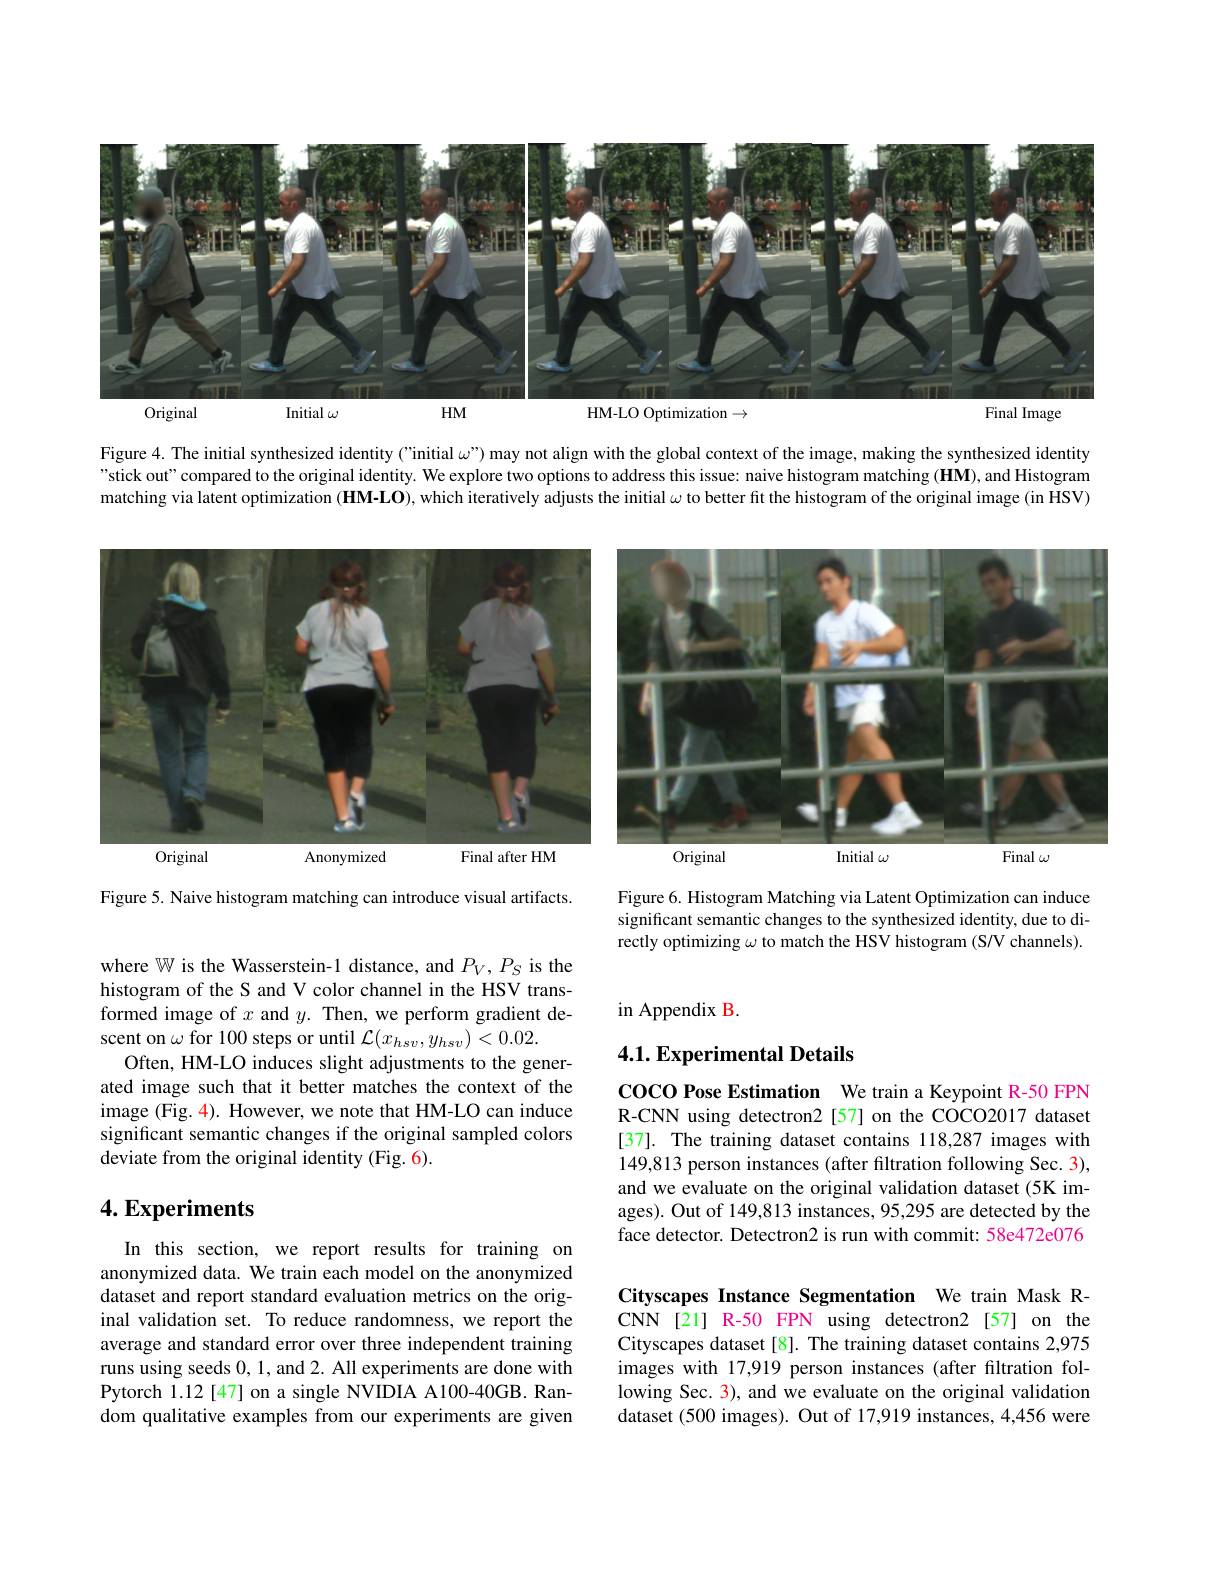
<FigureHere>
Original
Initial $\omega$
$HM$
HM-LO Optimization $\to$
Final Image

Figure 4. The initial synthesized identity ("initial $\omega”)$ may not align with the global context of the image, making the synthesized identity "stick out"compared to the original identity. We explore two options to address this issue: naive histogram matching (HM), and Histogram matching via latent optimization (HM-LO), which iteratively adjusts the initial $\omega$ to better fit the histogram of the original image (in HSV)

<FigureHere>

<FigureHere>

Figure 5. Naive histogram matching can introduce visual artifacts.

Figure 6. Histogram Matching via Latent Optimization can induce significant semantic changes to the synthesized identity, due to directly optimizing $\omega$ to match the HSV histogram (S/V channels).

in Appendix B.

## 4.1. Experimental Details

where W is the Wasserstein-1 distance, and $P_V,P_S$ is the histogram of the S and V color channel in the HSV transformed image of $x$ and $y.$ Then, we perform gradient descent on $\omega$ for 100 steps or until $\mathcal{L}(x_hsv,y_{hsv})<0.02.$
Often, HM-LO induces slight adjustments to the generated image such that it better matches the context of the image (Fig. 4). However, we note that HM-LO can induce significant semantic changes if the original sampled colors deviate from the original identity (Fig. 6)

COCO Pose Estimation We train a Keypoint R-50 FPN R-CNN using detectron2 [57] on the COCO2017 dataset [37]. The training dataset contains 118,287 images with 149,813 person instances (after filtration following Sec. 3), and we evaluate on the original validation dataset (5K images). Out of 149,813 instances, 95,295 are detected by the face detector. Detectron2 is run with commit: 58e472e076

## $4. \textbf{Experiments}$

In this section, we report results for training on anonymized data. We train each model on the anonymized dataset and report standard evaluation metrics on the original validation set. To reduce randomness, we report the average and standard error over three independent training runs using seeds 0,1, and 2. All experiments are done with Pytorch 1.12 [47] on a single NVIDIA A100-40GB. Random qualitative examples from our experiments are given

Cityscapes Instance Segmentation We train Mask RCNN [21] R-50 FPN using detectron2[57] on the Cityscapes dataset [8]. The training dataset contains 2,975 images with 17,919 person instances (after filtration following Sec. 3), and we evaluate on the original validation dataset (500 images). Out of 17,919 instances, 4,456 were